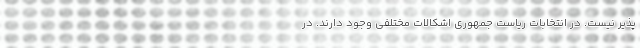
پذیر نیست. در انتخابات ریاست جمهوری اشکالات مختلفی وجود دارند. در